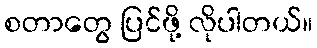
စတာတွေ ပြင်ဖို့ လိုပါတယ်။